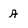
Character: A